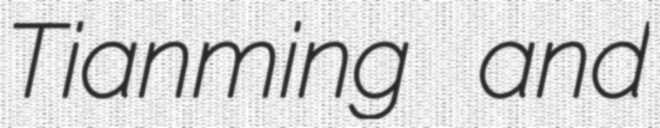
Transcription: Tianming and